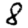
Digit: 8